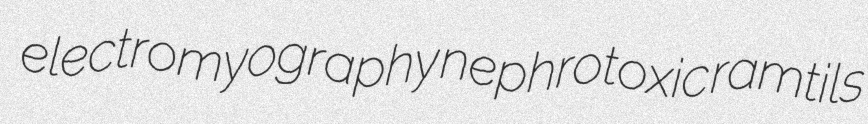
electromyography nephrotoxic ramtils